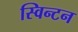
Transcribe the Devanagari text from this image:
स्विन्टन